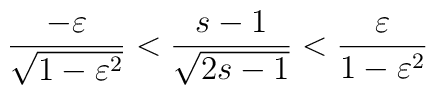
\frac{-\varepsilon}{\sqrt{1-\varepsilon^2}}<\frac{s-1}{\sqrt{2s-1}}<\frac{\varepsilon}{1-\varepsilon^2}